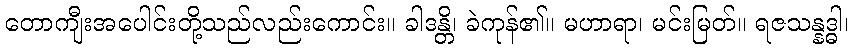
တောကျီးအပေါင်းတို့သည်လည်းကောင်း။ ခါဒန္တိ၊ ခဲကုန်၏။ မဟာရာ၊ မင်းမြတ်။ ရဇသန္နဒ္ဓါ၊